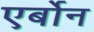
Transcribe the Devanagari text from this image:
एर्बोन